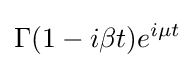
\Gamma (1-i\beta t)e^{i\mu t}